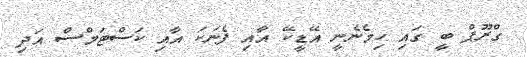
ގްރޫޕް ބީ ގައި ހިމެނެނީ އޭޑީކޭ އާއި ފެނަކަ އާއި ކަސްޓަމްސް އަދި